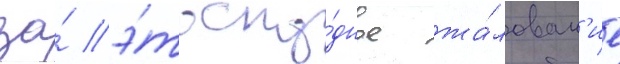
за́ э́то ску́дное жа́лован'ие